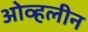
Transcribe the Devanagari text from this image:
ओव्हलीन